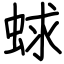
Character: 蛷